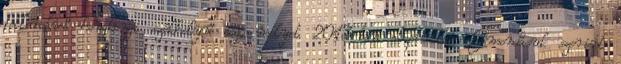
feltörekvő hongkongi székhelyű cég, melyet 2013-ban alapítottak. Elmondásuk szerint